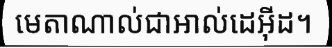
មេតាណាល់ជាអាល់ដេអ៊ីដ។